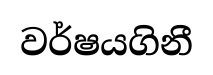
වර්ෂයගිනී